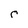
Character: r